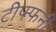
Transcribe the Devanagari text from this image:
टीफ्फनी